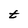
Character: t